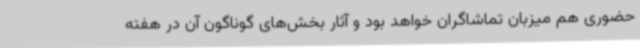
حضوری هم میزبان تماشاگران خواهد بود و آثار بخش‌های گوناگون آن در هفته